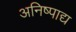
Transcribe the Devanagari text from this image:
अनिष्पाद्य